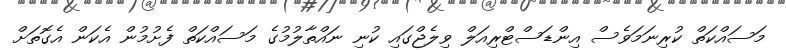
މަސައްކަތް ކުރިނަމަވެސް އިންޑަސްޓްރިއަލް ވިލެޖްގައި ކުނި ނައްތާލުމުގެ މަސައްކަތް ފެށުމުން އެކަން އެގޮތަށް